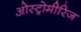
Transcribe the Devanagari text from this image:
ओस्ट्रोमीरिज